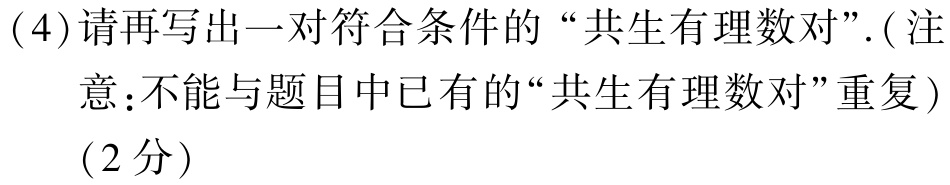
(4)请再写出一对符合条件的“共生有理数对”.(注：不能与题目中已有的“共生有理数对”重复)

(2分)